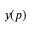
y ( p )